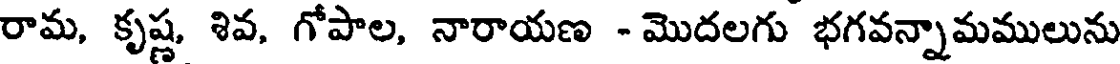
రామ, కృష్ణ, శివ, గోపాల, నారాయణ - మొదలగు భగవన్నామములును